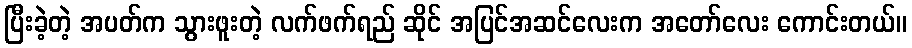
ပြီးခဲ့တဲ့ အပတ်က သွားဖူးတဲ့ လက်ဖက်ရည် ဆိုင် အပြင်အဆင်လေးက အတော်လေး ကောင်းတယ်။